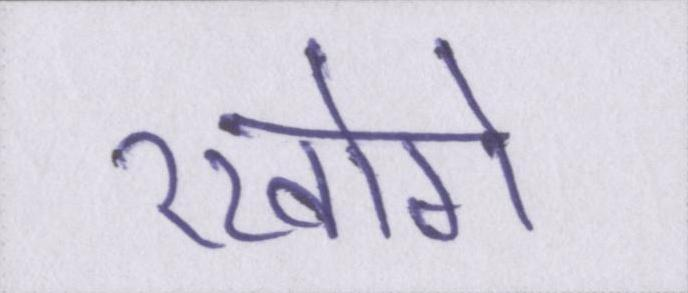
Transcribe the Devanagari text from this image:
रखोगे